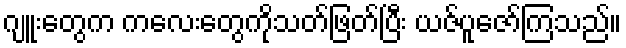
ဂျူးတွေက ကလေးတွေကိုသတ်ဖြတ်ပြီး ယဇ်ပူဇော်ကြသည်။